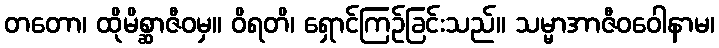
တတော၊ ထိုမိစ္ဆာဇီဝမှ။ ဝိရတိ၊ ရှောင်ကြဉ်ခြင်းသည်။ သမ္မာအာဇီဝဝေါနာမ၊